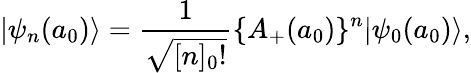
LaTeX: |\psi_{n}(a_{0})\rangle=\frac{1}{\sqrt{[n]_{0}!}}\{ A_{+}(a_{0})\} ^{n}|\psi_{0}(a_{0})\rangle,